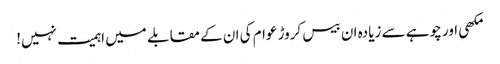
مکھی اور چوہے سے زیادہ ان بیس کروڑ عوام کی ان کے مقابلے میں اہمیت نہیں!